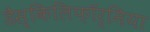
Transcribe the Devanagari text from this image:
डैस्किलिफ़ॉर्मिया